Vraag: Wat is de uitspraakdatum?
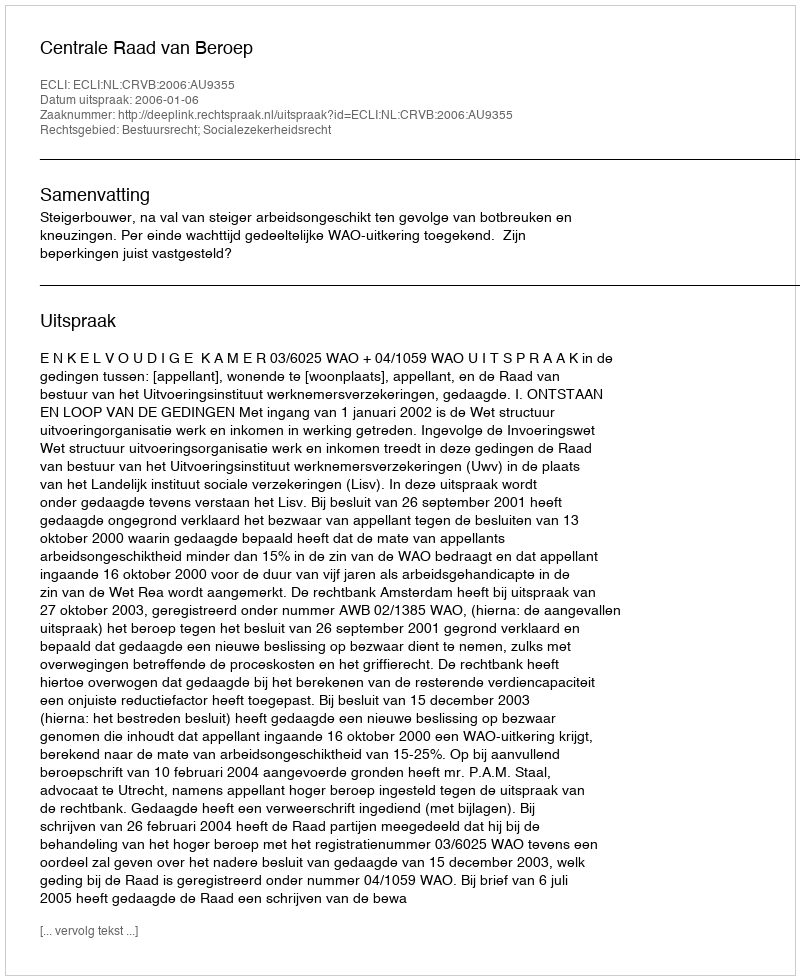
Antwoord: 2006-01-06